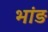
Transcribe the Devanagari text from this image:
भांड़